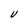
Character: V